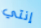
إنتي